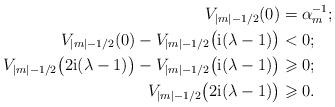
LaTeX: \begin{align*} V_{|m| -1/2}(0)&=\alpha_m^{-1}; \\ V_{|m| -1/2}(0)-V_{|m| -1/2}\big(\mathrm i(\lambda -1)\big) &< 0; \\ V_{|m| -1/2}\big(2\mathrm i(\lambda -1)\big)- V_{|m| -1/2}\big(\mathrm i(\lambda -1)\big)&\geqslant 0;\\ V_{|m| -1/2}\big(2\mathrm i(\lambda -1)\big) &\geqslant 0. \end{align*}